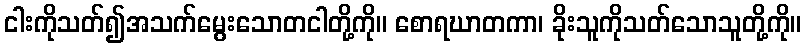
ငါးကိုသတ်၍အသက်မွေးသောတငါတို့ကို။ စောရဃာတကာ၊ ခိုးသူကိုသတ်သောသူတို့ကို။